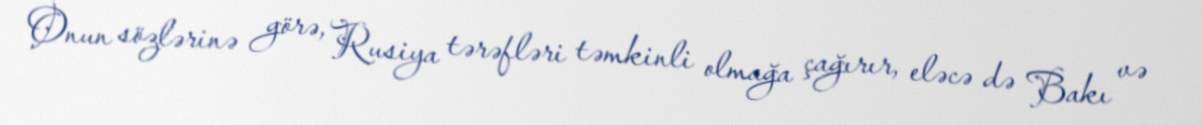
Onun sözlərinə görə, Rusiya tərəfləri təmkinli olmağa çağırır, eləcə də Bakı və